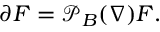
\partial F = { \mathcal { P } } _ { B } ( \nabla ) F .